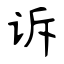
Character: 诉